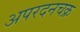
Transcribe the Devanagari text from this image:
अपरदनचक्र